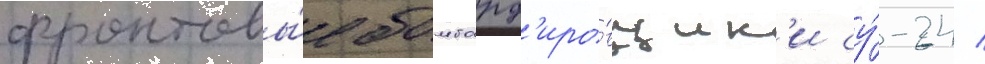
фронтовы́е бомбард'иро́вщик'и су́-24 /